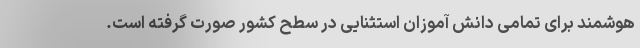
هوشمند برای تمامی دانش آموزان استثنایی در سطح کشور صورت گرفته است.